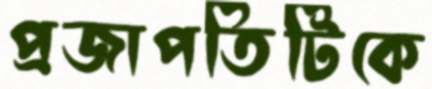
প্রজাপতিটিকে